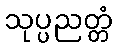
သုပ္ပညတ္တံ